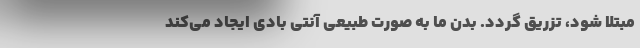
مبتلا شود، تزریق گردد. بدن ما به صورت طبیعی آنتی بادی ایجاد می‌کند